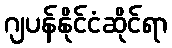
ဂျပန်နိုင်ငံဆိုင်ရာ